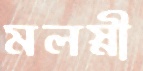
মলস্নী